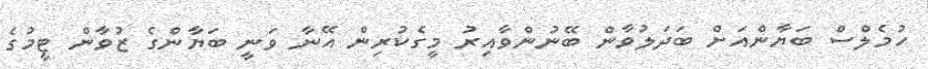
ހުމެލްސް ބަޔާންއަށް ބަދަލުވާން ބޭނުންވާއިރު މީގެކުރިން އޭނާ ވަނީ ބަޔާންގެ ޒުވާން ޓީމުގެ